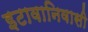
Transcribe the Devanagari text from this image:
इटावानिवासी